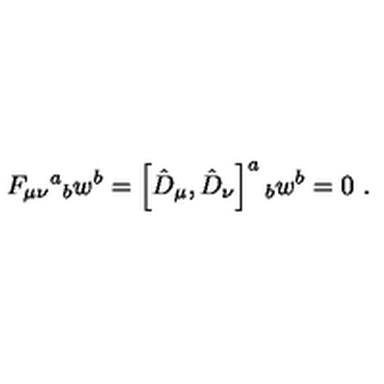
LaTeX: F _ { \mu \nu } { } ^ { a } { } _ { b } w ^ { b } = \left[ \hat { D } _ { \mu } , \hat { D } _ { \nu } \right] ^ { a } { } _ { b } w ^ { b } = 0 \ .